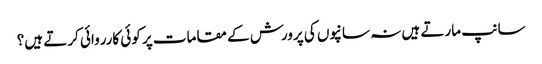
سانپ مارتے ہیں نہ سانپوں کی پرورش کے مقامات پر کوئی کارروائی کرتے ہیں؟